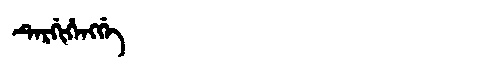
Manchu: ᡨᡝᡵᡤᡳᡥᡝᠩᡤᡝ
Romanization: TERGIHENGGE